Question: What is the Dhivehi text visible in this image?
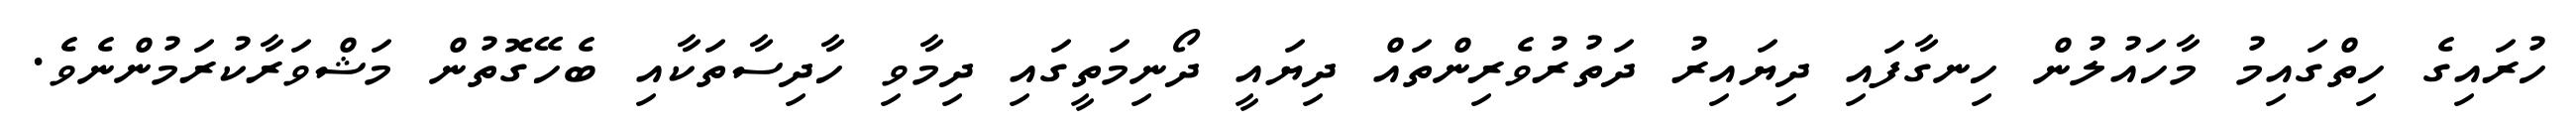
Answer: ހުރައިގެ ހިތްގައިމު މާހައުލުން ހިނގާފައި ދިޔައިރު ދަތުރުވެރިންތައް ދިޔައީ ދޯނިމަތީގައި ދިމާވި ހާދިސާތަކާއި ބެހޭގޮތުން މަޝްވަރާކުރަމުންނެވެ.